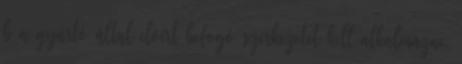
b a gyártó által elõírt befogó szerkezetet kell alkalmazni,